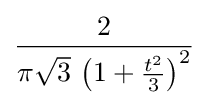
{\frac {2}{\pi {\sqrt {3}}\,\left(1+{\frac {t^{2}}{3}}\right)^{2}}}